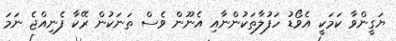
ޔަގީންވާ ކަމަކީ އެވޯޑު ހަފުލާތަކުންނާއި އެނޫން ވެސް ތަނަކުން ރޭކާ ފެނިއްޖެ ނަމަ